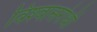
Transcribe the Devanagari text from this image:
विश्‍वासरोधी